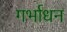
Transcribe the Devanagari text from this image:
गर्भाधन